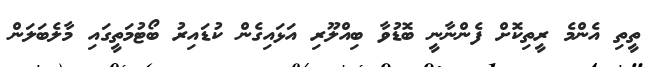
ތީތި އެންމެ ރީތިކޮށް ފެންނާނީ ބޮޑުވާ ބިއްލޫރި އަޅައިގެން ކުޑައިރު ބޯޓުމަތީގައި މާލެބަލަން